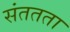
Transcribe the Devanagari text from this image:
संततता